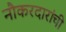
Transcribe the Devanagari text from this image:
नौकरदारांची